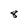
Character: 8